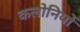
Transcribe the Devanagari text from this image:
कलोनियों